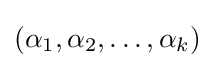
(\alpha _{1},\alpha _{2},\ldots ,\alpha _{k})